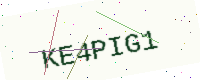
Text: KE4PIG1